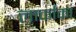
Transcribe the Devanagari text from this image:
लार्काका